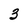
Character: 3